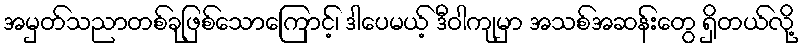
အမှတ်သညာတစ်ခုဖြစ်သောကြောင့်၊ ဒါပေမယ့် ဒီဝါကျမှာ အသစ်အဆန်းတွေ ရှိတယ်လို့